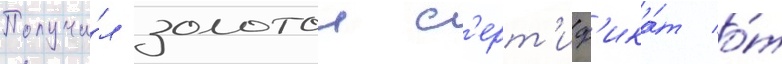
Получи́л золотои с'ерт'иф'ика́т о́т